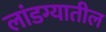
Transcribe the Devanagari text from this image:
लांडग्यातील